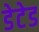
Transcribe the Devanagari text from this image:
डेटेड